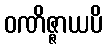
ဝဏိဇ္ဇာယပိ